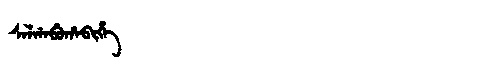
Manchu: ᠰᠠᠯᡤᠠᠪᡠᡥᠠᠪᡳᡥᡝ
Romanization: SALGABUHABIHE